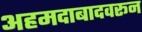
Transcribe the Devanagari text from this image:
अहमदाबादवरून